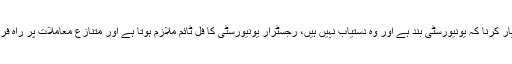
رجسٹرار جامعہ کوٹلی کا یہ کہہ کر راہ فرار اختیار کرنا کہ یونیورسٹی بند ہے اور وہ دستیاب نہیں ہیں، رجسٹرار یونیورسٹی کا فل ٹائم ملازم ہوتا ہے اور متنازع معاملات پر راہ فرار اختیار کرنا بے شمار سوالات کو جنم دیتا ہوہو۔